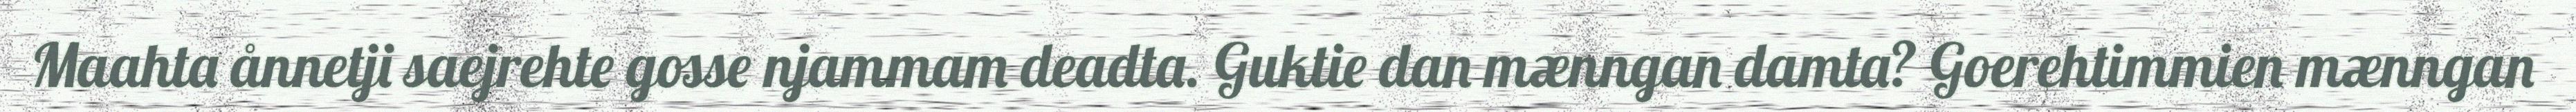
Maahta ånnetji saejrehte gosse njammam deadta. Guktie dan mænngan damta? Goerehtimmien mænngan